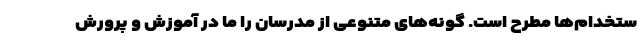
ستخدام‌ها مطرح است. گونه‌های متنوعی از مدرسان را ما در آموزش و پرورش